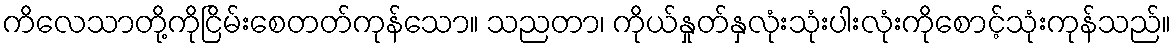
ကိလေသာတို့ကိုငြိမ်းစေတတ်ကုန်သော။ သညတာ၊ ကိုယ်နှုတ်နှလုံးသုံးပါးလုံးကိုစောင့်သုံးကုန်သည်။